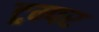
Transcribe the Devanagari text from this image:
ट्रम्पर